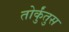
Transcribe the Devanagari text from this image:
तोर्कुंतुस